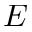
E